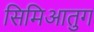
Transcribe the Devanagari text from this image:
सिमिआतुग